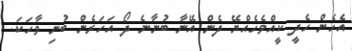
އެހެން ހެދީ ކީއްވެހެއްޔޭ ދެން އޭނާ ބުނާނެ ދޯ އަހަރެން ބުނި ވާހަކަ.